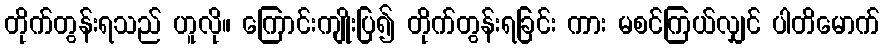
တိုက်တွန်းရသည် ဟူလို။ ကြောင်းကျိုးပြ၍ တိုက်တွန်းရခြင်း ကား မစင်ကြယ်လျှင် ပါတိမောက်